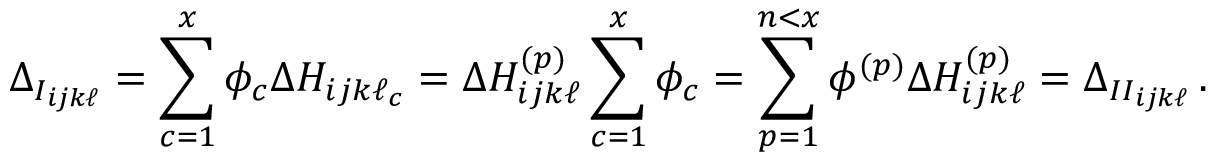
\Delta _ { I _ { i j k \ell } } = \sum _ { c = 1 } ^ { x } \phi _ { c } \Delta H _ { i j k \ell _ { c } } = \Delta H _ { i j k \ell } ^ { ( p ) } \sum _ { c = 1 } ^ { x } \phi _ { c } = \sum _ { p = 1 } ^ { n < x } \phi ^ { ( p ) } \Delta H _ { i j k \ell } ^ { ( p ) } = \Delta _ { { I I } _ { i j k \ell } } \, .